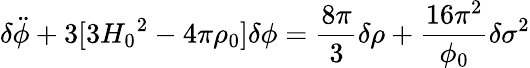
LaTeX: {\delta}\ddot{\phi}+3[3{H_{0}}^{2}-4{\pi}{\rho}_{0}]{\delta}{\phi}=\frac{8{\pi}}{3}{\delta}{\rho}+\frac{16{\pi}^{2}}{{\phi}_{0}}{\delta}{{\sigma}^{2}}